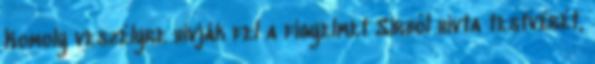
Komoly veszélyre hívják fel a figyelmet Sírból hívta testvérét,